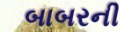
બાબરની